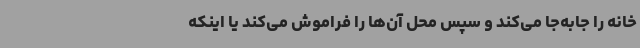
خانه را جابه‌جا می‌کند و سپس محل آن‌ها را فراموش می‌کند یا اینکه